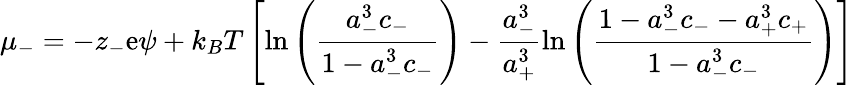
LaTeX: \mu_{-}=-z_{-}\mathrm{e}\psi+k_{B}T\left[\ln\left({\frac{{a_{-}^{3}c_{-}}}{{1-a_{-}^{3}c_{-}}}}\right)-\frac{{a_{-}^{3}}}{{a_{+}^{3}}}\ln\left({\frac{{1-a_{-}^{3}c_{-}-a_{+}^{3}c_{+}}}{{1-a_{-}^{3}c_{-}}}}\right)\right]